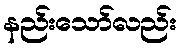
နည်းသော်လည်း